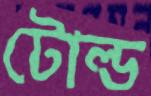
টোল্ড